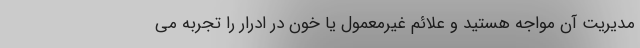
مدیریت آن مواجه هستید و علائم غیرمعمول یا خون در ادرار را تجربه می